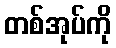
တစ်အုပ်ကို